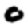
Digit: 0